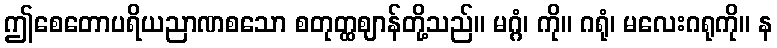
ဤစေတောပရိယညာဏစသော စတုတ္ထဈာန်တို့သည်။ မဂ္ဂံ၊ ကို။ ဂရုံ၊ မလေးဂရုကို။ န